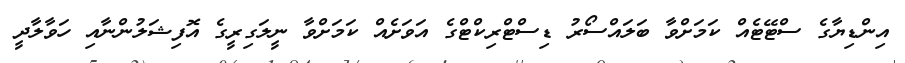
އިންޑިޔާގެ ސްޓޭޓެއް ކަމަށްވާ ބަލައްސޯރު ޑިސްޓްރިކްޓްގެ އަވަށެއް ކަމަށްވާ ނީލަގިރީގެ އޮފިޝަލުންނާއި ހަވާލާދީ